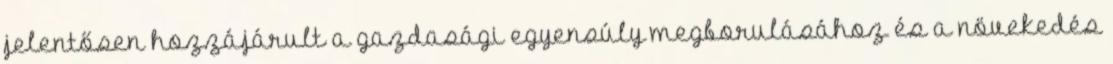
jelentősen hozzájárult a gazdasági egyensúly megborulásához és a növekedés